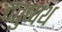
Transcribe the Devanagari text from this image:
चतुष्पथ